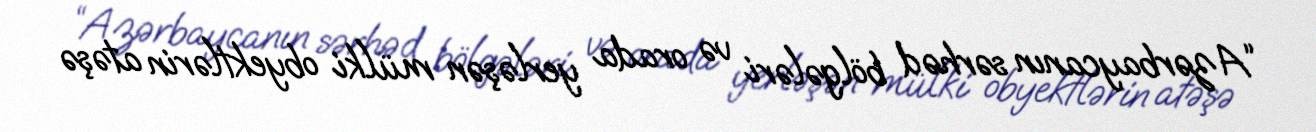
“Azərbaycanın sərhəd bölgələri və orada yerləşən mülki obyektlərin atəşə